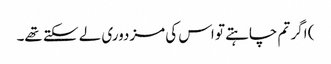
) اگر تم چاہتے تو اس کی مزدوری لے سکتے تھے۔